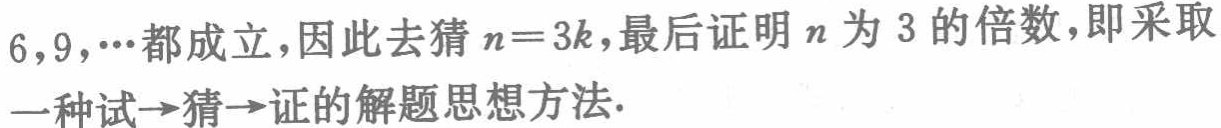
$6,9,\cdots 都成立，因此去猜n = 3k，最后证明n为3的倍数，即采取\\

一种试\rightarrow 猜\rightarrow 证的解题思想方法.$